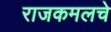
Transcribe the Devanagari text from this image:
राजकमलचे